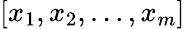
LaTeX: \left[\begin{array}{l}{x_{1},x_{2},\dots,x_{m}}\end{array}\right]